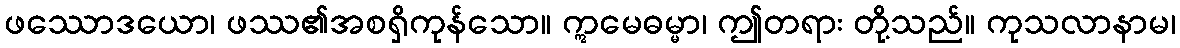
ဖဿောဒယော၊ ဖဿ၏အစရှိကုန်သော။ ဣမေဓမ္မာ၊ ဤတရား တို့သည်။ ကုသလာနာမ၊